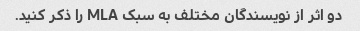
دو اثر از نویسندگان مختلف به سبک MLA را ذکر کنید.